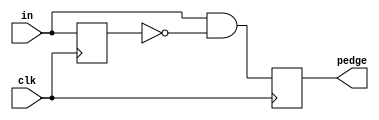
module top_module (
    input clk,
    input [7:0] in,
    output [7:0] pedge
);
    wire [7:0] q;
    
    always @ (posedge clk) // delay a cycle
        q = in;
        
    always @ (posedge clk)
		pedge = in & ~q;

endmodule